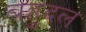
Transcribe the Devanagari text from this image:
बहुदल